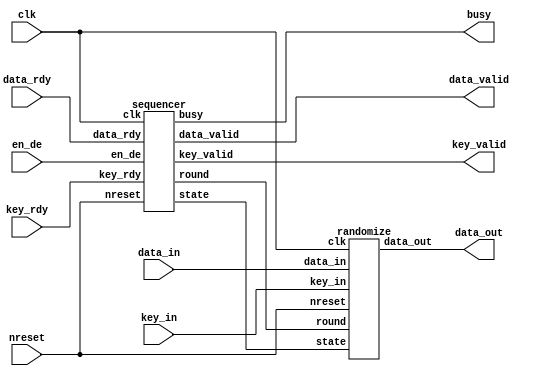
/*-------------------------------------------------------------------------
 MISTY1 Encryption/Decryption Macro
 (One round / Three clock version)
 
 File name   : MISTY1_3clk.v
 Version     : Version 1.0
 Created     : JUN/26/2007
 Last update : AUG/03/2007
 Desgined by : Takeshi Sugawara
 
 
 Copyright (C) 2007 AIST and Tohoku Univ.
 
 By using this code, you agree to the following terms and conditions.
 
 This code is copyrighted by AIST and Tohoku University ("us").
 
 Permission is hereby granted to copy, reproduce, redistribute or
 otherwise use this code as long as: there is no monetary profit gained
 specifically from the use or reproduction of this code, it is not sold,
 rented, traded or otherwise marketed, and this copyright notice is
 included prominently in any copy made.
 
 We shall not be liable for any damages, including without limitation
 direct, indirect, incidental, special or consequential damages arising
 from the use of this code.
 
 When you publish any results arising from the use of this code, we will
 appreciate it if you can cite as following.
 @misc{tohoku-crypto-ip,
  author={Tohoku University ECSIS laboratory},
  title={Cryptographic IP cores},
  howpublished = {https://github.com/ECSIS-lab/IP_cores}
 }
 -------------------------------------------------------------------------*/ 


// 
`define INITIAL              5'b00000      // 
`define IDLE                 5'b00001      // 

`define KEY_GET              5'b00010      // 
`define KEY_SCHEDULE         5'b00011      // 

`define ENCRYPT_GET          5'b00100      // 
`define ENCRYPT_FL           5'b00101      // FL
`define ENCRYPT_FL_CROSS     5'b00110      // FL
`define ENCRYPT_FO_1         5'b00111      // FO  1
`define ENCRYPT_FO_2         5'b01000      // FO  2
`define ENCRYPT_FO_3         5'b01001      // FO  3

`define DECRYPT_GET          5'b01010      // 
`define DECRYPT_FL           5'b01011      // FL
`define DECRYPT_FL_CROSS     5'b01100      // FL
`define DECRYPT_FO_1         5'b01101      // FO  1
`define DECRYPT_FO_2         5'b01110      // FO  2
`define DECRYPT_FO_3         5'b01111      // FO  3
`define DECRYPT_FO_3_NOCROSS 5'b10000      // FO  3 

// 
`define ENCRYPT           1'b0
`define DECRYPT           1'b1

module top(/*AUTOARG*/
	   // Outputs
	   data_out, data_valid, key_valid, busy,
	   // Inputs
	   clk, nreset, data_rdy, key_rdy, en_de, data_in, key_in
	   );
   input clk, nreset;
   input data_rdy, key_rdy, en_de;
   input [63:0] data_in;
   input [127:0] key_in;

   output [63:0] data_out;
   output 	 data_valid, key_valid, busy;
  
   wire [4:0] 	 state;
   wire [3:0] 	 round;
      
   sequencer sequencer(// Outputs
		       .state		(state[4:0]),
		       .round		(round[3:0]),
		       .data_valid      (data_valid),
		       .key_valid       (key_valid),
		       .busy            (busy),		       
		       // Inputs
		       .clk		(clk),
		       .nreset		(nreset),
		       .data_rdy	(data_rdy),
		       .key_rdy		(key_rdy),
		       .en_de		(en_de));

   randomize randomize(// Outputs
		       .data_out	(data_out[63:0]),
		       // Inputs
		       .clk		(clk),
		       .nreset		(nreset),
		       .data_in		(data_in[63:0]),
		       .key_in		(key_in[127:0]),
		       .state		(state[4:0]),
		       .round		(round[3:0]));
endmodule // top


// 
module sequencer(/*AUTOARG*/
   // Outputs
   state, round, data_valid, key_valid, busy,
   // Inputs
   clk, nreset, data_rdy, key_rdy, en_de
   );
  output [4:0] state;
  output [3:0] 	round;

  // 
  output 	data_valid, key_valid, busy;

  input 	clk, nreset;
  input 	data_rdy, key_rdy;
  input 	en_de;
   
  reg [4:0] 	state;
  reg [3:0] 	round;

  reg 		data_valid, key_valid, busy;

  
  // data_valid 
  // 1
  always @( state ) begin
    if( state == `ENCRYPT_FL_CROSS || state == `DECRYPT_FL )
      data_valid = 1'b1;
    else
      data_valid = 1'b0;
  end

  // busy 
  // INITIAL, IDLE 
  always @( state ) begin
    if( state == `INITIAL || state == `IDLE )
      busy <= 1'b0;
    else
      busy <= 1'b1;
  end

  // key_valid 
  always @( posedge clk ) begin
    if(nreset == 1'b0)
      key_valid <= 1'b0;                              //  '0'
    
    else begin
      if( key_valid == 1'b0 ) begin
	if( state == `KEY_SCHEDULE && round == 4'h8 )
	  key_valid <= 1'b1;                         //  '1' 
      end
      else begin // when "key_valid == 1'b1"
	if( state == `IDLE && key_rdy == 1'b1 )
	  key_valid <= 1'b0;                         //  '0' 
      end
    end
  end

  
  // 
   always @(posedge clk) begin
      if(nreset == 1'b0) begin
	 state <= `INITIAL;
	 round <= 4'd00;
      end

      else begin
	 case(state)
	   `INITIAL: if(key_rdy ==  1'b1) state <= `KEY_GET;

	   `IDLE:
	     if(key_rdy ==  1'b1) state <= `KEY_GET;
	     else if(data_rdy == 1'b1)
	       if(en_de == `ENCRYPT) state <= `ENCRYPT_GET;
	       else                  state <= `DECRYPT_GET;

	   `KEY_GET: begin
	      state <= `KEY_SCHEDULE;
	      round <= 4'd01;
	   end

	   `KEY_SCHEDULE: begin
	      if(round == 4'd08) state <= `IDLE;
	      else               round <= round + 1;
	   end

	   `ENCRYPT_GET: begin
	      state <= `ENCRYPT_FL;
	      round <= 4'd01;
	   end
	   `ENCRYPT_FL:       state <= `ENCRYPT_FO_1;
	   `ENCRYPT_FL_CROSS: state <= `IDLE;	   
	   `ENCRYPT_FO_1:     state <= `ENCRYPT_FO_2;
	   `ENCRYPT_FO_2:     state <= `ENCRYPT_FO_3;	     
	   `ENCRYPT_FO_3: begin
	      round <= round + 1;
	      case(round)
		4'd08:               state <= `ENCRYPT_FL_CROSS;
		4'd02, 4'd04, 4'd06: state <= `ENCRYPT_FL;
		default:             state <= `ENCRYPT_FO_1;
	      endcase // case(round)
	   end
	   
	   `DECRYPT_GET: begin
	      state <= `DECRYPT_FL_CROSS;
	      round <= 4'd09;
	   end

	   `DECRYPT_FL_CROSS: begin
	      round <= round - 1;
	      state <= `DECRYPT_FO_1;
	   end
	   
	   `DECRYPT_FL:       state <= `IDLE;
	   `DECRYPT_FO_1    : state <= `DECRYPT_FO_2;
	   `DECRYPT_FO_2    : 
	     case(round)
	       4'd07, 4'd05, 4'd03, 4'd01: state <= `DECRYPT_FO_3_NOCROSS;
	       default:                    state <= `DECRYPT_FO_3;
	     endcase // case(round)

	   `DECRYPT_FO_3: begin
	      round <= round - 1;	      
	      state <= `DECRYPT_FO_1;
	   end
	   
	   `DECRYPT_FO_3_NOCROSS: begin
	      if(round == 4'd01)  state <= `DECRYPT_FL;
	      else                state <= `DECRYPT_FL_CROSS;
	   end
	   default: state <= `IDLE;

	 endcase // case(state)
      end // else: !if(nreset == 1'b0)
   end // always @ (posedge clk)
endmodule // sequencer


// /
module randomize(/*AUTOARG*/
   // Outputs
   data_out,
   // Inputs
   clk, nreset, data_in, key_in, state, round
   );
   input clk, nreset;
   input [63:0] data_in;
   input [127:0] key_in;
   input [4:0] 	 state;
   input [3:0] 	 round;
   output [63:0] data_out;

   reg [63:0] 	 data_out;                                       // /
   reg [15:0] 	 K1, K2, K3, K4, K5, K6, K7, K8;                 // 
   reg [15:0]    K1_p, K2_p, K3_p, K4_p, K5_p, K6_p, K7_p, K8_p; // 
   reg [31:0] 	 temp;                                           // FO 

   wire [15:0] 	 key_scheduler_selector1_out;                    // FI 
   wire [15:0] 	 key_scheduler_selector2_out;                    // FI 

   //  FI 
   wire [15:0] 	 FI_out;                                         
   wire [15:0] 	 FI_in;
   wire [15:0] 	 FI_key;

   wire [63:0] 	 FL_plus_out, FL_minus_out;                      // FL/FL-1    

   wire [15:0] 	 data_or_temp_out;                               // FI data_outtemp
                                                                 // FO  3 

   wire [31:0] 	 KL1, KL2;                                       //  KL 
   wire [63:0] 	 KO_selector_out;                                //  KO 
   wire [47:0] 	 KI_selector_out;                                //  KI 
   wire [15:0] 	 KO_part_selector_out;                           //  KO 16bit
   wire [15:0] 	 KI_part_selector_out;                           //  KI 16bit

   wire [31:0] 	 FO_temp;                                        // FO 1
   wire [31:0] 	 FO_out;                                         // FO 

  wire [15:0] 	 data_or_temp2; // modified
  
   FI FI( .in (FI_in), .KI (FI_key), .out(FI_out) );
   FL_plus  FL_plus_left  ( .in( data_out[63:32] ), .KL(KL1), .out(FL_plus_out[63:32]) );
   FL_plus  FL_plus_right ( .in( data_out[31: 0] ), .KL(KL2), .out(FL_plus_out[31: 0]) );
   FL_minus FL_minus_left ( .in( data_out[63:32] ), .KL(KL1), .out(FL_minus_out[63:32]) );
   FL_minus FL_minus_right( .in( data_out[31: 0] ), .KL(KL2), .out(FL_minus_out[31:0]) );

   assign key_scheduler_selector1_out = key_schedule_selector1( state, round, K1, K2, K3, K4, K5, K6, K7, K8 );
   assign key_scheduler_selector2_out = key_schedule_selector2( state, round, K1, K2, K3, K4, K5, K6, K7, K8 );

   assign 	 {KL1, KL2} = KL_selector( round,
					   K1, K2, K3, K4, K5, K6, K7, K8,
					   K1_p, K2_p, K3_p, K4_p, K5_p, K6_p, K7_p, K8_p );

   assign 	 KO_selector_out = KO_selector(round, K1, K2, K3, K4, K5, K6, K7, K8);
   assign 	 KI_selector_out = KI_selector(round, K1_p, K2_p, K3_p, K4_p, K5_p, K6_p, K7_p, K8_p);
   assign 	 KO_part_selector_out = KO_part_selector(state, KO_selector_out);
   assign 	 KI_part_selector_out = KI_part_selector(state, KI_selector_out);
				   
   assign 	 data_or_temp_out = data_or_temp(state, data_out[63:48], temp[31:16]);

   assign 	 FI_in =  (state == `KEY_SCHEDULE) ? key_scheduler_selector1_out : data_or_temp_out ^ KO_part_selector_out;
   assign 	 FI_key = (state == `KEY_SCHEDULE) ? key_scheduler_selector2_out : KI_part_selector_out;

  assign 	 data_or_temp2 = (state==`ENCRYPT_FO_1 || state==`DECRYPT_FO_1) ? data_out[47:32] : temp[15:0]; // modified
  assign 	 FO_temp = { data_or_temp2, FI_out ^ data_or_temp2 }; // modified

   assign 	 FO_out  = { FO_temp[31:16] ^ KO_selector_out[15:0], FO_temp[15:0]};
     
   always @(posedge clk) begin
      if(nreset == 1'b0)          {K1, K2, K3, K4, K5, K6, K7, K8} <= 128'h00000000000000000000000000000000;
      else if(state == `KEY_GET)  {K1, K2, K3, K4, K5, K6, K7, K8} <= key_in;
   end


   //  K1_p  K8_p 
   always @(posedge clk) begin
      if(nreset == 1'b0)
	{ K1_p, K2_p, K3_p, K4_p, K5_p, K6_p, K7_p, K8_p} <= 128'h00000000000000000000000000000000;
      else if(state == `KEY_SCHEDULE)
	case(round)
	  4'd01: K1_p <= FI_out;
	  4'd02: K2_p <= FI_out;
	  4'd03: K3_p <= FI_out;
	  4'd04: K4_p <= FI_out;
	  4'd05: K5_p <= FI_out;
	  4'd06: K6_p <= FI_out;
	  4'd07: K7_p <= FI_out;
	  4'd08: K8_p <= FI_out;
	endcase // case(round)
   end

   //  data_out 
   always @(posedge clk) begin
      if(nreset == 1'b0)
	data_out <= 64'h0000000000000000;
      else
	case(state)
	  `ENCRYPT_GET:       data_out <= data_in;
	  `DECRYPT_GET:       data_out <= {data_in[31:0], data_in[63:32]};

	  `ENCRYPT_FL:        data_out <= FL_plus_out;
	  `ENCRYPT_FL_CROSS:  data_out <= { FL_plus_out[31:0], FL_plus_out[63:32] };
	  `DECRYPT_FL:        data_out <= FL_minus_out;
	  `DECRYPT_FL_CROSS:  data_out <= { FL_minus_out[31:0], FL_minus_out[63:32] };

	  `ENCRYPT_FO_3, `DECRYPT_FO_3: data_out <= { data_out[31:0] ^ FO_out, data_out[63:32] };
	  `DECRYPT_FO_3_NOCROSS:        data_out <= { data_out[63:32], data_out[31:0] ^ FO_out };
	endcase // case(state)
   end

   // FO  temp 
   always @(posedge clk) begin
      if(nreset == 1'b0)
	temp <= 32'h00000000;
      else
	case(state)
	  `ENCRYPT_FO_1, `DECRYPT_FO_1, `ENCRYPT_FO_2, `DECRYPT_FO_2:
	    temp <= FO_temp;
	endcase // case(state)
   end


   // FI data_outtemp
   function [15:0] data_or_temp;
      input [4:0] state;
      input [15:0] data;
      input [15:0] temp;

      case(state)
	`ENCRYPT_FO_1, `DECRYPT_FO_1: data_or_temp = data;
	`ENCRYPT_FO_2, `ENCRYPT_FO_3, `DECRYPT_FO_2, `DECRYPT_FO_3, `DECRYPT_FO_3_NOCROSS:
	                              data_or_temp = temp;
	default:                      data_or_temp = 16'h00;
      endcase // case(state)
   endfunction // data_or_temp

   
   // 
   // FI 
   function [15:0] key_schedule_selector1;
      input [4:0]  state;
      input [3:0]  round;      
      input [15:0] K1, K2, K3, K4, K5, K6, K7, K8;

      if( state == `KEY_SCHEDULE )
	case(round)
	  4'd01: key_schedule_selector1 = K1;
	  4'd02: key_schedule_selector1 = K2;
	  4'd03: key_schedule_selector1 = K3;
	  4'd04: key_schedule_selector1 = K4;
	  4'd05: key_schedule_selector1 = K5;
	  4'd06: key_schedule_selector1 = K6;
	  4'd07: key_schedule_selector1 = K7;
	  default: key_schedule_selector1 = K8;
	endcase // case(round)
      else
	key_schedule_selector1 = 16'h00;
   endfunction // key_schedule_selector1
   

   // 
   // FI 
   function [15:0] key_schedule_selector2;
      input [4:0]  state;
      input [3:0]  round;
      input [15:0] K1, K2, K3, K4, K5, K6, K7, K8;

      if(state == `KEY_SCHEDULE)
	case(round)
	  4'd01: key_schedule_selector2 = K2;
	  4'd02: key_schedule_selector2 = K3;
	  4'd03: key_schedule_selector2 = K4;
	  4'd04: key_schedule_selector2 = K5;
	  4'd05: key_schedule_selector2 = K6;
	  4'd06: key_schedule_selector2 = K7;
	  4'd07: key_schedule_selector2 = K8;
	  default: key_schedule_selector2 = K1;
	endcase // case(round)
      else
	key_schedule_selector2 = 16'h00;
   endfunction // key_schedule_selector2


   //  KL 
   function [63:0] KL_selector;
      input [3:0]  round;
      input [15:0] K1, K2, K3, K4, K5, K6, K7, K8;
      input [15:0] K1_p, K2_p, K3_p, K4_p, K5_p, K6_p, K7_p, K8_p;
      case(round)
	4'd01, 4'd02: KL_selector = {K1, K7_p, K3_p, K5};
	4'd03, 4'd04: KL_selector = {K2, K8_p, K4_p, K6};      
	4'd05, 4'd06: KL_selector = {K3, K1_p, K5_p, K7};      
	4'd07, 4'd08: KL_selector = {K4, K2_p, K6_p, K8};
	default: KL_selector = {K5, K3_p, K7_p, K1};	
      endcase // case(round)
   endfunction // KL_selector


   //  KO 
   function [63:0] KO_selector;
      input [3:0]  round;
      input [15:0] K1, K2, K3, K4, K5, K6, K7, K8;
      case(round)
	4'd01: KO_selector = {K1, K3, K8, K5};
	4'd02: KO_selector = {K2, K4, K1, K6};
	4'd03: KO_selector = {K3, K5, K2, K7};
	4'd04: KO_selector = {K4, K6, K3, K8};
	4'd05: KO_selector = {K5, K7, K4, K1};
	4'd06: KO_selector = {K6, K8, K5, K2};
	4'd07: KO_selector = {K7, K1, K6, K3};
	default: KO_selector = {K8, K2, K7, K4};
      endcase
   endfunction // KO_selector

   //  KO 
   function [15:0] KO_part_selector;
      input [4:0]  state;
      input [63:0] KO_selector_out;
      case(state)
	`ENCRYPT_FO_1, `DECRYPT_FO_1: KO_part_selector = KO_selector_out[63:48];
	`ENCRYPT_FO_2, `DECRYPT_FO_2: KO_part_selector = KO_selector_out[47:32];
	`ENCRYPT_FO_3, `DECRYPT_FO_3, `DECRYPT_FO_3_NOCROSS:
                                      KO_part_selector = KO_selector_out[31:16];
	default:                      KO_part_selector = 16'h00;
      endcase // case(state)
   endfunction // KO_part_selector

   //  KI    
   function [47:0] KI_selector;
      input [3:0]  round;
      input [15:0] K1_p, K2_p, K3_p, K4_p, K5_p, K6_p, K7_p, K8_p;
      case(round)
	4'd01: KI_selector = {K6_p, K2_p, K4_p};
	4'd02: KI_selector = {K7_p, K3_p, K5_p};
	4'd03: KI_selector = {K8_p, K4_p, K6_p};
	4'd04: KI_selector = {K1_p, K5_p, K7_p};
	4'd05: KI_selector = {K2_p, K6_p, K8_p};
	4'd06: KI_selector = {K3_p, K7_p, K1_p};
	4'd07: KI_selector = {K4_p, K8_p, K2_p};
	4'd08: KI_selector = {K5_p, K1_p, K3_p};
      endcase // case(round)
   endfunction // KI_selector


   //  KI 
   function [15:0] KI_part_selector;
      input [4:0]  state;
      input [47:0] KI_selector_out;
      case(state)
	`ENCRYPT_FO_1, `DECRYPT_FO_1: KI_part_selector = KI_selector_out[47:32];
	`ENCRYPT_FO_2, `DECRYPT_FO_2: KI_part_selector = KI_selector_out[31:16];
	`ENCRYPT_FO_3, `DECRYPT_FO_3, `DECRYPT_FO_3_NOCROSS:
                                      KI_part_selector = KI_selector_out[15: 0];
	default:                      KI_part_selector = 16'h00;
      endcase // case(state)
   endfunction // KI_part_selector
   
   
endmodule // randomize


// FI 
module FI(/*AUTOARG*/
   // Outputs
   out,
   // Inputs
   in, KI
   );
   input [15:0] in;
   input [15:0] KI;
   output [15:0] out;

   wire [8:0] 	 in_9bit, KI_9bit, round1_9bit, round2_9bit, round3_9bit;
   wire [6:0] 	 in_7bit, KI_7bit, round1_7bit, round2_7bit, round3_7bit;

   wire [8:0] 	 S9_a_out, S9_b_out;
   wire [6:0] 	 S7_out;
   
   S9 S9_a( .in( in_9bit  ),    .out( S9_a_out ) );
   S9 S9_b( .in( round2_9bit ), .out( S9_b_out ) );
   S7 S7(   .in( round1_7bit ), .out( S7_out   ) );

   assign 	 {in_9bit, in_7bit} = in;
   assign 	 {KI_7bit, KI_9bit} = KI;
   
   assign 	 round1_7bit = in_7bit;
   assign 	 round1_9bit = S9_a_out ^ { 2'b00, in_7bit };

   assign 	 round2_9bit  = round1_9bit ^ KI_9bit;
   assign 	 round2_7bit  = S7_out ^ round1_9bit[6:0] ^ KI_7bit;

   assign 	 round3_7bit = round2_7bit;
   assign 	 round3_9bit = S9_b_out ^ { 2'b00, round2_7bit };

   assign 	 out = {round3_7bit, round3_9bit};
endmodule // FI

// FL
module FL_plus(/*AUTOARG*/
   // Outputs
   out,
   // Inputs
   in, KL
   );
   input [31:0] in;
   input [31:0] KL;
   output [31:0] out;

   wire [15:0] 	 in_left,   in_right;
   wire [15:0] 	 temp_left, temp_right;
   wire [15:0] 	 out_left,  out_right;
   wire [15:0] 	 KL_left, KL_right;
   
   assign 	 {in_left, in_right} = in;
   assign 	 {KL_left, KL_right} = KL;

   assign 	 temp_left = in_left;
   assign 	 temp_right = in_right ^ ( in_left & KL_left);

   assign 	 out_left = temp_left ^ ( temp_right | KL_right );
   assign 	 out_right = temp_right;

   assign 	 out = {out_left, out_right};
endmodule // FL_plus

// FL^{-1}
module FL_minus(/*AUTOARG*/
   // Outputs
   out,
   // Inputs
   in, KL
   );
   input [31:0] in;
   input [31:0] KL;
   output [31:0] out;

   wire [15:0] 	 in_left,   in_right;
   wire [15:0] 	 temp_left, temp_right;
   wire [15:0] 	 out_left,  out_right;
   wire [15:0] 	 KL_left, KL_right;
   
   assign 	 {in_left, in_right} = in;
   assign 	 {KL_left, KL_right} = KL;

   assign 	 temp_left = in_left ^ ( in_right | KL_right );
   assign 	 temp_right = in_right;

   assign 	 out_left = temp_left;
   assign 	 out_right = temp_right ^ ( temp_left & KL_left );

   assign 	 out = {out_left, out_right};
endmodule // FL_minus


module S7(/*AUTOARG*/
   // Outputs
   out,
   // Inputs
   in
   );
   input [6:0] in;
   output [6:0] out;

   assign 	out = temp(in);
   
   function [6:0] temp;
      input [6:0] in;
      case(in)
	7'h00: temp = 7'h1b;     7'h01: temp = 7'h32;     7'h02: temp = 7'h33;     7'h03: temp = 7'h5a;
	7'h04: temp = 7'h3b;     7'h05: temp = 7'h10;     7'h06: temp = 7'h17;     7'h07: temp = 7'h54;
	7'h08: temp = 7'h5b;     7'h09: temp = 7'h1a;     7'h0a: temp = 7'h72;     7'h0b: temp = 7'h73;
	7'h0c: temp = 7'h6b;     7'h0d: temp = 7'h2c;     7'h0e: temp = 7'h66;     7'h0f: temp = 7'h49;
	7'h10: temp = 7'h1f;     7'h11: temp = 7'h24;     7'h12: temp = 7'h13;     7'h13: temp = 7'h6c;
	7'h14: temp = 7'h37;     7'h15: temp = 7'h2e;     7'h16: temp = 7'h3f;     7'h17: temp = 7'h4a;
	7'h18: temp = 7'h5d;     7'h19: temp = 7'h0f;     7'h1a: temp = 7'h40;     7'h1b: temp = 7'h56;
	7'h1c: temp = 7'h25;     7'h1d: temp = 7'h51;     7'h1e: temp = 7'h1c;     7'h1f: temp = 7'h04;
	7'h20: temp = 7'h0b;     7'h21: temp = 7'h46;     7'h22: temp = 7'h20;     7'h23: temp = 7'h0d;
	7'h24: temp = 7'h7b;     7'h25: temp = 7'h35;     7'h26: temp = 7'h44;     7'h27: temp = 7'h42;
	7'h28: temp = 7'h2b;     7'h29: temp = 7'h1e;     7'h2a: temp = 7'h41;     7'h2b: temp = 7'h14;
	7'h2c: temp = 7'h4b;     7'h2d: temp = 7'h79;     7'h2e: temp = 7'h15;     7'h2f: temp = 7'h6f;
	7'h30: temp = 7'h0e;     7'h31: temp = 7'h55;     7'h32: temp = 7'h09;     7'h33: temp = 7'h36;
	7'h34: temp = 7'h74;     7'h35: temp = 7'h0c;     7'h36: temp = 7'h67;     7'h37: temp = 7'h53;
	7'h38: temp = 7'h28;     7'h39: temp = 7'h0a;     7'h3a: temp = 7'h7e;     7'h3b: temp = 7'h38;
	7'h3c: temp = 7'h02;     7'h3d: temp = 7'h07;     7'h3e: temp = 7'h60;     7'h3f: temp = 7'h29;
	7'h40: temp = 7'h19;     7'h41: temp = 7'h12;     7'h42: temp = 7'h65;     7'h43: temp = 7'h2f;
	7'h44: temp = 7'h30;     7'h45: temp = 7'h39;     7'h46: temp = 7'h08;     7'h47: temp = 7'h68;
	7'h48: temp = 7'h5f;     7'h49: temp = 7'h78;     7'h4a: temp = 7'h2a;     7'h4b: temp = 7'h4c;
	7'h4c: temp = 7'h64;     7'h4d: temp = 7'h45;     7'h4e: temp = 7'h75;     7'h4f: temp = 7'h3d;
	7'h50: temp = 7'h59;     7'h51: temp = 7'h48;     7'h52: temp = 7'h03;     7'h53: temp = 7'h57;
	7'h54: temp = 7'h7c;     7'h55: temp = 7'h4f;     7'h56: temp = 7'h62;     7'h57: temp = 7'h3c;
	7'h58: temp = 7'h1d;     7'h59: temp = 7'h21;     7'h5a: temp = 7'h5e;     7'h5b: temp = 7'h27;
	7'h5c: temp = 7'h6a;     7'h5d: temp = 7'h70;     7'h5e: temp = 7'h4d;     7'h5f: temp = 7'h3a;
	7'h60: temp = 7'h01;     7'h61: temp = 7'h6d;     7'h62: temp = 7'h6e;     7'h63: temp = 7'h63;
	7'h64: temp = 7'h18;     7'h65: temp = 7'h77;     7'h66: temp = 7'h23;     7'h67: temp = 7'h05;
	7'h68: temp = 7'h26;     7'h69: temp = 7'h76;     7'h6a: temp = 7'h00;     7'h6b: temp = 7'h31;
	7'h6c: temp = 7'h2d;     7'h6d: temp = 7'h7a;     7'h6e: temp = 7'h7f;     7'h6f: temp = 7'h61;
	7'h70: temp = 7'h50;     7'h71: temp = 7'h22;     7'h72: temp = 7'h11;     7'h73: temp = 7'h06;
	7'h74: temp = 7'h47;     7'h75: temp = 7'h16;     7'h76: temp = 7'h52;     7'h77: temp = 7'h4e;
	7'h78: temp = 7'h71;     7'h79: temp = 7'h3e;     7'h7a: temp = 7'h69;     7'h7b: temp = 7'h43;
	7'h7c: temp = 7'h34;     7'h7d: temp = 7'h5c;     7'h7e: temp = 7'h58;     default: temp = 7'h7d;
      endcase // case(in)
   endfunction // temp
endmodule // S7


module S9(/*AUTOARG*/
   // Outputs
   out,
   // Inputs
   in
   );
   input [8:0] in;
   output [8:0] out;

   assign 	out = temp(in);
   
   function [8:0] temp;
      input [8:0] in;
      case(in)
	9'h000: temp = 9'h1c3;     9'h001: temp = 9'h0cb;     9'h002: temp = 9'h153;     9'h003: temp = 9'h19f;    
	9'h004: temp = 9'h1e3;     9'h005: temp = 9'h0e9;     9'h006: temp = 9'h0fb;     9'h007: temp = 9'h035;    
	9'h008: temp = 9'h181;     9'h009: temp = 9'h0b9;     9'h00a: temp = 9'h117;     9'h00b: temp = 9'h1eb;    
	9'h00c: temp = 9'h133;     9'h00d: temp = 9'h009;     9'h00e: temp = 9'h02d;     9'h00f: temp = 9'h0d3;    
	9'h010: temp = 9'h0c7;     9'h011: temp = 9'h14a;     9'h012: temp = 9'h037;     9'h013: temp = 9'h07e;    
	9'h014: temp = 9'h0eb;     9'h015: temp = 9'h164;     9'h016: temp = 9'h193;     9'h017: temp = 9'h1d8;    
	9'h018: temp = 9'h0a3;     9'h019: temp = 9'h11e;     9'h01a: temp = 9'h055;     9'h01b: temp = 9'h02c;    
	9'h01c: temp = 9'h01d;     9'h01d: temp = 9'h1a2;     9'h01e: temp = 9'h163;     9'h01f: temp = 9'h118;    
	9'h020: temp = 9'h14b;     9'h021: temp = 9'h152;     9'h022: temp = 9'h1d2;     9'h023: temp = 9'h00f;    
	9'h024: temp = 9'h02b;     9'h025: temp = 9'h030;     9'h026: temp = 9'h13a;     9'h027: temp = 9'h0e5;    
	9'h028: temp = 9'h111;     9'h029: temp = 9'h138;     9'h02a: temp = 9'h18e;     9'h02b: temp = 9'h063;    
	9'h02c: temp = 9'h0e3;     9'h02d: temp = 9'h0c8;     9'h02e: temp = 9'h1f4;     9'h02f: temp = 9'h01b;    
	9'h030: temp = 9'h001;     9'h031: temp = 9'h09d;     9'h032: temp = 9'h0f8;     9'h033: temp = 9'h1a0;    
	9'h034: temp = 9'h16d;     9'h035: temp = 9'h1f3;     9'h036: temp = 9'h01c;     9'h037: temp = 9'h146;    
	9'h038: temp = 9'h07d;     9'h039: temp = 9'h0d1;     9'h03a: temp = 9'h082;     9'h03b: temp = 9'h1ea;    
	9'h03c: temp = 9'h183;     9'h03d: temp = 9'h12d;     9'h03e: temp = 9'h0f4;     9'h03f: temp = 9'h19e;    
	9'h040: temp = 9'h1d3;     9'h041: temp = 9'h0dd;     9'h042: temp = 9'h1e2;     9'h043: temp = 9'h128;    
	9'h044: temp = 9'h1e0;     9'h045: temp = 9'h0ec;     9'h046: temp = 9'h059;     9'h047: temp = 9'h091;    
	9'h048: temp = 9'h011;     9'h049: temp = 9'h12f;     9'h04a: temp = 9'h026;     9'h04b: temp = 9'h0dc;    
	9'h04c: temp = 9'h0b0;     9'h04d: temp = 9'h18c;     9'h04e: temp = 9'h10f;     9'h04f: temp = 9'h1f7;    
	9'h050: temp = 9'h0e7;     9'h051: temp = 9'h16c;     9'h052: temp = 9'h0b6;     9'h053: temp = 9'h0f9;    
	9'h054: temp = 9'h0d8;     9'h055: temp = 9'h151;     9'h056: temp = 9'h101;     9'h057: temp = 9'h14c;    
	9'h058: temp = 9'h103;     9'h059: temp = 9'h0b8;     9'h05a: temp = 9'h154;     9'h05b: temp = 9'h12b;    
	9'h05c: temp = 9'h1ae;     9'h05d: temp = 9'h017;     9'h05e: temp = 9'h071;     9'h05f: temp = 9'h00c;    
	9'h060: temp = 9'h047;     9'h061: temp = 9'h058;     9'h062: temp = 9'h07f;     9'h063: temp = 9'h1a4;    
	9'h064: temp = 9'h134;     9'h065: temp = 9'h129;     9'h066: temp = 9'h084;     9'h067: temp = 9'h15d;    
	9'h068: temp = 9'h19d;     9'h069: temp = 9'h1b2;     9'h06a: temp = 9'h1a3;     9'h06b: temp = 9'h048;    
	9'h06c: temp = 9'h07c;     9'h06d: temp = 9'h051;     9'h06e: temp = 9'h1ca;     9'h06f: temp = 9'h023;    
	9'h070: temp = 9'h13d;     9'h071: temp = 9'h1a7;     9'h072: temp = 9'h165;     9'h073: temp = 9'h03b;    
	9'h074: temp = 9'h042;     9'h075: temp = 9'h0da;     9'h076: temp = 9'h192;     9'h077: temp = 9'h0ce;    
	9'h078: temp = 9'h0c1;     9'h079: temp = 9'h06b;     9'h07a: temp = 9'h09f;     9'h07b: temp = 9'h1f1;    
	9'h07c: temp = 9'h12c;     9'h07d: temp = 9'h184;     9'h07e: temp = 9'h0fa;     9'h07f: temp = 9'h196;    
	9'h080: temp = 9'h1e1;     9'h081: temp = 9'h169;     9'h082: temp = 9'h17d;     9'h083: temp = 9'h031;    
	9'h084: temp = 9'h180;     9'h085: temp = 9'h10a;     9'h086: temp = 9'h094;     9'h087: temp = 9'h1da;    
	9'h088: temp = 9'h186;     9'h089: temp = 9'h13e;     9'h08a: temp = 9'h11c;     9'h08b: temp = 9'h060;    
	9'h08c: temp = 9'h175;     9'h08d: temp = 9'h1cf;     9'h08e: temp = 9'h067;     9'h08f: temp = 9'h119;    
	9'h090: temp = 9'h065;     9'h091: temp = 9'h068;     9'h092: temp = 9'h099;     9'h093: temp = 9'h150;    
	9'h094: temp = 9'h008;     9'h095: temp = 9'h007;     9'h096: temp = 9'h17c;     9'h097: temp = 9'h0b7;    
	9'h098: temp = 9'h024;     9'h099: temp = 9'h019;     9'h09a: temp = 9'h0de;     9'h09b: temp = 9'h127;    
	9'h09c: temp = 9'h0db;     9'h09d: temp = 9'h0e4;     9'h09e: temp = 9'h1a9;     9'h09f: temp = 9'h052;    
	9'h0a0: temp = 9'h109;     9'h0a1: temp = 9'h090;     9'h0a2: temp = 9'h19c;     9'h0a3: temp = 9'h1c1;    
	9'h0a4: temp = 9'h028;     9'h0a5: temp = 9'h1b3;     9'h0a6: temp = 9'h135;     9'h0a7: temp = 9'h16a;    
	9'h0a8: temp = 9'h176;     9'h0a9: temp = 9'h0df;     9'h0aa: temp = 9'h1e5;     9'h0ab: temp = 9'h188;    
	9'h0ac: temp = 9'h0c5;     9'h0ad: temp = 9'h16e;     9'h0ae: temp = 9'h1de;     9'h0af: temp = 9'h1b1;    
	9'h0b0: temp = 9'h0c3;     9'h0b1: temp = 9'h1df;     9'h0b2: temp = 9'h036;     9'h0b3: temp = 9'h0ee;    
	9'h0b4: temp = 9'h1ee;     9'h0b5: temp = 9'h0f0;     9'h0b6: temp = 9'h093;     9'h0b7: temp = 9'h049;    
	9'h0b8: temp = 9'h09a;     9'h0b9: temp = 9'h1b6;     9'h0ba: temp = 9'h069;     9'h0bb: temp = 9'h081;    
	9'h0bc: temp = 9'h125;     9'h0bd: temp = 9'h00b;     9'h0be: temp = 9'h05e;     9'h0bf: temp = 9'h0b4;    
	9'h0c0: temp = 9'h149;     9'h0c1: temp = 9'h1c7;     9'h0c2: temp = 9'h174;     9'h0c3: temp = 9'h03e;    
	9'h0c4: temp = 9'h13b;     9'h0c5: temp = 9'h1b7;     9'h0c6: temp = 9'h08e;     9'h0c7: temp = 9'h1c6;    
	9'h0c8: temp = 9'h0ae;     9'h0c9: temp = 9'h010;     9'h0ca: temp = 9'h095;     9'h0cb: temp = 9'h1ef;    
	9'h0cc: temp = 9'h04e;     9'h0cd: temp = 9'h0f2;     9'h0ce: temp = 9'h1fd;     9'h0cf: temp = 9'h085;    
	9'h0d0: temp = 9'h0fd;     9'h0d1: temp = 9'h0f6;     9'h0d2: temp = 9'h0a0;     9'h0d3: temp = 9'h16f;    
	9'h0d4: temp = 9'h083;     9'h0d5: temp = 9'h08a;     9'h0d6: temp = 9'h156;     9'h0d7: temp = 9'h09b;    
	9'h0d8: temp = 9'h13c;     9'h0d9: temp = 9'h107;     9'h0da: temp = 9'h167;     9'h0db: temp = 9'h098;    
	9'h0dc: temp = 9'h1d0;     9'h0dd: temp = 9'h1e9;     9'h0de: temp = 9'h003;     9'h0df: temp = 9'h1fe;    
	9'h0e0: temp = 9'h0bd;     9'h0e1: temp = 9'h122;     9'h0e2: temp = 9'h089;     9'h0e3: temp = 9'h0d2;    
	9'h0e4: temp = 9'h18f;     9'h0e5: temp = 9'h012;     9'h0e6: temp = 9'h033;     9'h0e7: temp = 9'h06a;    
	9'h0e8: temp = 9'h142;     9'h0e9: temp = 9'h0ed;     9'h0ea: temp = 9'h170;     9'h0eb: temp = 9'h11b;    
	9'h0ec: temp = 9'h0e2;     9'h0ed: temp = 9'h14f;     9'h0ee: temp = 9'h158;     9'h0ef: temp = 9'h131;    
	9'h0f0: temp = 9'h147;     9'h0f1: temp = 9'h05d;     9'h0f2: temp = 9'h113;     9'h0f3: temp = 9'h1cd;    
	9'h0f4: temp = 9'h079;     9'h0f5: temp = 9'h161;     9'h0f6: temp = 9'h1a5;     9'h0f7: temp = 9'h179;    
	9'h0f8: temp = 9'h09e;     9'h0f9: temp = 9'h1b4;     9'h0fa: temp = 9'h0cc;     9'h0fb: temp = 9'h022;    
	9'h0fc: temp = 9'h132;     9'h0fd: temp = 9'h01a;     9'h0fe: temp = 9'h0e8;     9'h0ff: temp = 9'h004;    
	9'h100: temp = 9'h187;     9'h101: temp = 9'h1ed;     9'h102: temp = 9'h197;     9'h103: temp = 9'h039;    
	9'h104: temp = 9'h1bf;     9'h105: temp = 9'h1d7;     9'h106: temp = 9'h027;     9'h107: temp = 9'h18b;    
	9'h108: temp = 9'h0c6;     9'h109: temp = 9'h09c;     9'h10a: temp = 9'h0d0;     9'h10b: temp = 9'h14e;    
	9'h10c: temp = 9'h06c;     9'h10d: temp = 9'h034;     9'h10e: temp = 9'h1f2;     9'h10f: temp = 9'h06e;    
	9'h110: temp = 9'h0ca;     9'h111: temp = 9'h025;     9'h112: temp = 9'h0ba;     9'h113: temp = 9'h191;    
	9'h114: temp = 9'h0fe;     9'h115: temp = 9'h013;     9'h116: temp = 9'h106;     9'h117: temp = 9'h02f;    
	9'h118: temp = 9'h1ad;     9'h119: temp = 9'h172;     9'h11a: temp = 9'h1db;     9'h11b: temp = 9'h0c0;    
	9'h11c: temp = 9'h10b;     9'h11d: temp = 9'h1d6;     9'h11e: temp = 9'h0f5;     9'h11f: temp = 9'h1ec;    
	9'h120: temp = 9'h10d;     9'h121: temp = 9'h076;     9'h122: temp = 9'h114;     9'h123: temp = 9'h1ab;    
	9'h124: temp = 9'h075;     9'h125: temp = 9'h10c;     9'h126: temp = 9'h1e4;     9'h127: temp = 9'h159;    
	9'h128: temp = 9'h054;     9'h129: temp = 9'h11f;     9'h12a: temp = 9'h04b;     9'h12b: temp = 9'h0c4;    
	9'h12c: temp = 9'h1be;     9'h12d: temp = 9'h0f7;     9'h12e: temp = 9'h029;     9'h12f: temp = 9'h0a4;    
	9'h130: temp = 9'h00e;     9'h131: temp = 9'h1f0;     9'h132: temp = 9'h077;     9'h133: temp = 9'h04d;    
	9'h134: temp = 9'h17a;     9'h135: temp = 9'h086;     9'h136: temp = 9'h08b;     9'h137: temp = 9'h0b3;    
	9'h138: temp = 9'h171;     9'h139: temp = 9'h0bf;     9'h13a: temp = 9'h10e;     9'h13b: temp = 9'h104;    
	9'h13c: temp = 9'h097;     9'h13d: temp = 9'h15b;     9'h13e: temp = 9'h160;     9'h13f: temp = 9'h168;    
	9'h140: temp = 9'h0d7;     9'h141: temp = 9'h0bb;     9'h142: temp = 9'h066;     9'h143: temp = 9'h1ce;    
	9'h144: temp = 9'h0fc;     9'h145: temp = 9'h092;     9'h146: temp = 9'h1c5;     9'h147: temp = 9'h06f;    
	9'h148: temp = 9'h016;     9'h149: temp = 9'h04a;     9'h14a: temp = 9'h0a1;     9'h14b: temp = 9'h139;    
	9'h14c: temp = 9'h0af;     9'h14d: temp = 9'h0f1;     9'h14e: temp = 9'h190;     9'h14f: temp = 9'h00a;    
	9'h150: temp = 9'h1aa;     9'h151: temp = 9'h143;     9'h152: temp = 9'h17b;     9'h153: temp = 9'h056;    
	9'h154: temp = 9'h18d;     9'h155: temp = 9'h166;     9'h156: temp = 9'h0d4;     9'h157: temp = 9'h1fb;    
	9'h158: temp = 9'h14d;     9'h159: temp = 9'h194;     9'h15a: temp = 9'h19a;     9'h15b: temp = 9'h087;    
	9'h15c: temp = 9'h1f8;     9'h15d: temp = 9'h123;     9'h15e: temp = 9'h0a7;     9'h15f: temp = 9'h1b8;    
	9'h160: temp = 9'h141;     9'h161: temp = 9'h03c;     9'h162: temp = 9'h1f9;     9'h163: temp = 9'h140;    
	9'h164: temp = 9'h02a;     9'h165: temp = 9'h155;     9'h166: temp = 9'h11a;     9'h167: temp = 9'h1a1;    
	9'h168: temp = 9'h198;     9'h169: temp = 9'h0d5;     9'h16a: temp = 9'h126;     9'h16b: temp = 9'h1af;    
	9'h16c: temp = 9'h061;     9'h16d: temp = 9'h12e;     9'h16e: temp = 9'h157;     9'h16f: temp = 9'h1dc;    
	9'h170: temp = 9'h072;     9'h171: temp = 9'h18a;     9'h172: temp = 9'h0aa;     9'h173: temp = 9'h096;    
	9'h174: temp = 9'h115;     9'h175: temp = 9'h0ef;     9'h176: temp = 9'h045;     9'h177: temp = 9'h07b;    
	9'h178: temp = 9'h08d;     9'h179: temp = 9'h145;     9'h17a: temp = 9'h053;     9'h17b: temp = 9'h05f;    
	9'h17c: temp = 9'h178;     9'h17d: temp = 9'h0b2;     9'h17e: temp = 9'h02e;     9'h17f: temp = 9'h020;    
	9'h180: temp = 9'h1d5;     9'h181: temp = 9'h03f;     9'h182: temp = 9'h1c9;     9'h183: temp = 9'h1e7;    
	9'h184: temp = 9'h1ac;     9'h185: temp = 9'h044;     9'h186: temp = 9'h038;     9'h187: temp = 9'h014;    
	9'h188: temp = 9'h0b1;     9'h189: temp = 9'h16b;     9'h18a: temp = 9'h0ab;     9'h18b: temp = 9'h0b5;    
	9'h18c: temp = 9'h05a;     9'h18d: temp = 9'h182;     9'h18e: temp = 9'h1c8;     9'h18f: temp = 9'h1d4;    
	9'h190: temp = 9'h018;     9'h191: temp = 9'h177;     9'h192: temp = 9'h064;     9'h193: temp = 9'h0cf;    
	9'h194: temp = 9'h06d;     9'h195: temp = 9'h100;     9'h196: temp = 9'h199;     9'h197: temp = 9'h130;    
	9'h198: temp = 9'h15a;     9'h199: temp = 9'h005;     9'h19a: temp = 9'h120;     9'h19b: temp = 9'h1bb;    
	9'h19c: temp = 9'h1bd;     9'h19d: temp = 9'h0e0;     9'h19e: temp = 9'h04f;     9'h19f: temp = 9'h0d6;    
	9'h1a0: temp = 9'h13f;     9'h1a1: temp = 9'h1c4;     9'h1a2: temp = 9'h12a;     9'h1a3: temp = 9'h015;    
	9'h1a4: temp = 9'h006;     9'h1a5: temp = 9'h0ff;     9'h1a6: temp = 9'h19b;     9'h1a7: temp = 9'h0a6;    
	9'h1a8: temp = 9'h043;     9'h1a9: temp = 9'h088;     9'h1aa: temp = 9'h050;     9'h1ab: temp = 9'h15f;    
	9'h1ac: temp = 9'h1e8;     9'h1ad: temp = 9'h121;     9'h1ae: temp = 9'h073;     9'h1af: temp = 9'h17e;    
	9'h1b0: temp = 9'h0bc;     9'h1b1: temp = 9'h0c2;     9'h1b2: temp = 9'h0c9;     9'h1b3: temp = 9'h173;    
	9'h1b4: temp = 9'h189;     9'h1b5: temp = 9'h1f5;     9'h1b6: temp = 9'h074;     9'h1b7: temp = 9'h1cc;    
	9'h1b8: temp = 9'h1e6;     9'h1b9: temp = 9'h1a8;     9'h1ba: temp = 9'h195;     9'h1bb: temp = 9'h01f;    
	9'h1bc: temp = 9'h041;     9'h1bd: temp = 9'h00d;     9'h1be: temp = 9'h1ba;     9'h1bf: temp = 9'h032;    
	9'h1c0: temp = 9'h03d;     9'h1c1: temp = 9'h1d1;     9'h1c2: temp = 9'h080;     9'h1c3: temp = 9'h0a8;    
	9'h1c4: temp = 9'h057;     9'h1c5: temp = 9'h1b9;     9'h1c6: temp = 9'h162;     9'h1c7: temp = 9'h148;    
	9'h1c8: temp = 9'h0d9;     9'h1c9: temp = 9'h105;     9'h1ca: temp = 9'h062;     9'h1cb: temp = 9'h07a;    
	9'h1cc: temp = 9'h021;     9'h1cd: temp = 9'h1ff;     9'h1ce: temp = 9'h112;     9'h1cf: temp = 9'h108;    
	9'h1d0: temp = 9'h1c0;     9'h1d1: temp = 9'h0a9;     9'h1d2: temp = 9'h11d;     9'h1d3: temp = 9'h1b0;    
	9'h1d4: temp = 9'h1a6;     9'h1d5: temp = 9'h0cd;     9'h1d6: temp = 9'h0f3;     9'h1d7: temp = 9'h05c;    
	9'h1d8: temp = 9'h102;     9'h1d9: temp = 9'h05b;     9'h1da: temp = 9'h1d9;     9'h1db: temp = 9'h144;    
	9'h1dc: temp = 9'h1f6;     9'h1dd: temp = 9'h0ad;     9'h1de: temp = 9'h0a5;     9'h1df: temp = 9'h03a;    
	9'h1e0: temp = 9'h1cb;     9'h1e1: temp = 9'h136;     9'h1e2: temp = 9'h17f;     9'h1e3: temp = 9'h046;    
	9'h1e4: temp = 9'h0e1;     9'h1e5: temp = 9'h01e;     9'h1e6: temp = 9'h1dd;     9'h1e7: temp = 9'h0e6;    
	9'h1e8: temp = 9'h137;     9'h1e9: temp = 9'h1fa;     9'h1ea: temp = 9'h185;     9'h1eb: temp = 9'h08c;    
	9'h1ec: temp = 9'h08f;     9'h1ed: temp = 9'h040;     9'h1ee: temp = 9'h1b5;     9'h1ef: temp = 9'h0be;    
	9'h1f0: temp = 9'h078;     9'h1f1: temp = 9'h000;     9'h1f2: temp = 9'h0ac;     9'h1f3: temp = 9'h110;    
	9'h1f4: temp = 9'h15e;     9'h1f5: temp = 9'h124;     9'h1f6: temp = 9'h002;     9'h1f7: temp = 9'h1bc;    
	9'h1f8: temp = 9'h0a2;     9'h1f9: temp = 9'h0ea;     9'h1fa: temp = 9'h070;     9'h1fb: temp = 9'h1fc;    
	9'h1fc: temp = 9'h116;     9'h1fd: temp = 9'h15c;     9'h1fe: temp = 9'h04c;     default: temp = 9'h1c2;    
      endcase // case(in)
   endfunction // temp
endmodule // S9